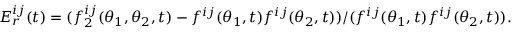
E _ { r } ^ { i j } ( t ) = ( f _ { 2 } ^ { i j } ( \theta _ { 1 } , \theta _ { 2 } , t ) - f ^ { i j } ( \theta _ { 1 } , t ) f ^ { i j } ( \theta _ { 2 } , t ) ) / ( f ^ { i j } ( \theta _ { 1 } , t ) f ^ { i j } ( \theta _ { 2 } , t ) ) .